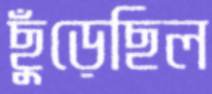
ছুঁড়েছিল